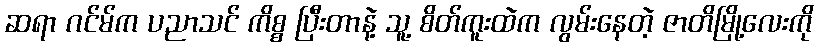
ဆရာ ဂင်မ်က ပညာသင် ကိစ္စ ပြီးတာနဲ့ သူ့ စိတ်ကူးထဲက လွမ်းနေတဲ့ ဇာတိမြို့လေးကို